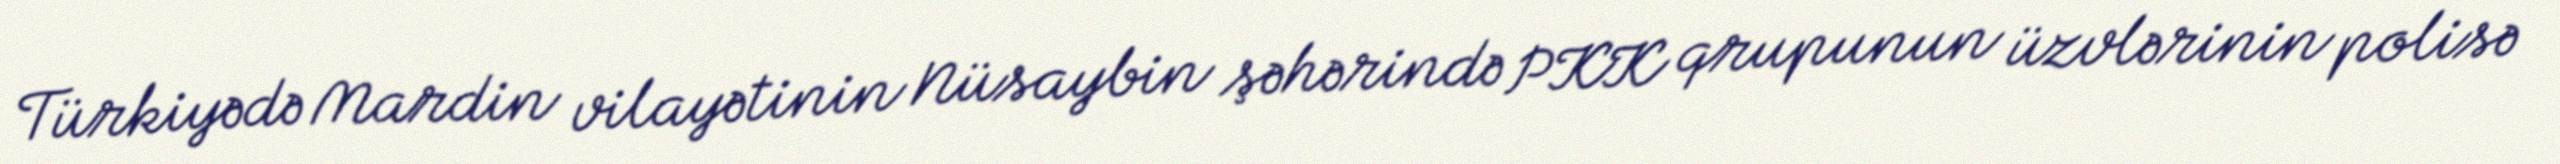
Türkiyədə Mardin vilayətinin Nüsaybin şəhərində PKK qrupunun üzvlərinin polisə